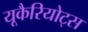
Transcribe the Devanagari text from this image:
यूकैरियोट्स